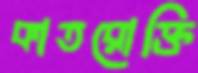
কাতরোক্তি